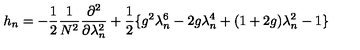
h _ { n } = - \frac { 1 } { 2 } \frac { 1 } { N ^ { 2 } } \frac { \partial ^ { 2 } } { \partial \lambda _ { n } ^ { 2 } } + \frac { 1 } { 2 } \{ g ^ { 2 } \lambda _ { n } ^ { 6 } - 2 g \lambda _ { n } ^ { 4 } + ( 1 + 2 g ) \lambda _ { n } ^ { 2 } - 1 \}